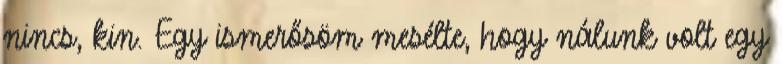
nincs, kin. Egy ismerősöm mesélte, hogy nálunk volt egy